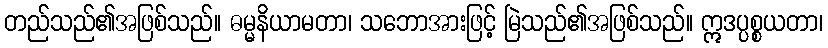
တည်သည်၏အဖြစ်သည်။ ဓမ္မနိယာမတာ၊ သဘောအားဖြင့် မြဲသည်၏အဖြစ်သည်။ ဣဒပ္ပစ္စယတာ၊